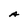
Character: A